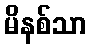
မိနစ်သာ